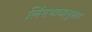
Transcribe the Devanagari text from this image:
लिंगभावानुसार